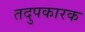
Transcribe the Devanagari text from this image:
तदुपकारक